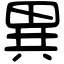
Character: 異